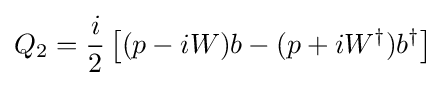
Q_{2}={\frac {i}{2}}\left[(p-iW)b-(p+iW^{\dagger })b^{\dagger }\right]